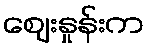
ဈေးနှုန်းက